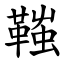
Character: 䩶